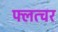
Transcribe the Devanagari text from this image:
फ्लत्चर